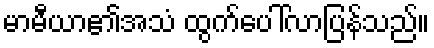
မာမီယာ၏အသံ ထွက်ပေါ်လာပြန်သည်။